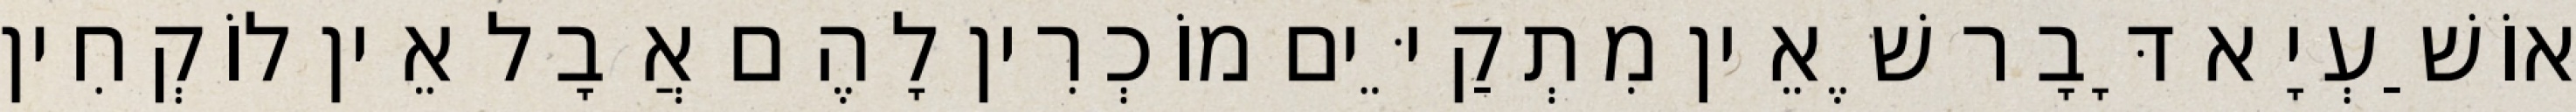
אוֹשַׁעְיָא דָּבָר שֶׁאֵין מִתְקַיֵּים מוֹכְרִין לָהֶם אֲבָל אֵין לוֹקְחִין